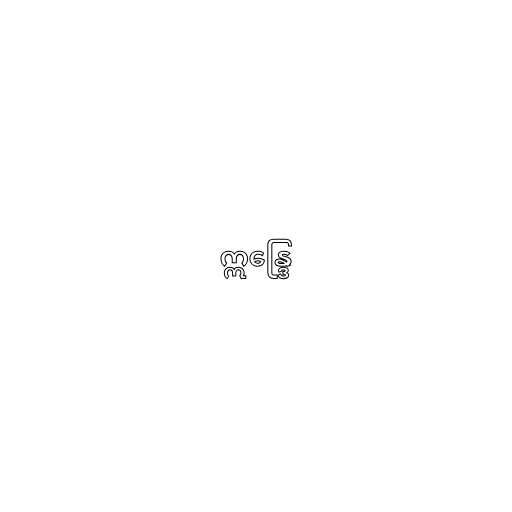
ဣန္ဒြေ